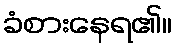
ခံစားနေရ၏။